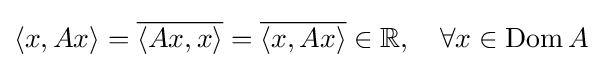
\langle x,Ax\rangle ={\overline {\langle Ax,x\rangle }}={\overline {\langle x,Ax\rangle }}\in \mathbb {R} ,\quad \forall x\in \operatorname {Dom} A